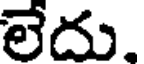
లేదు.